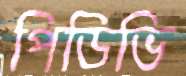
পিডিভি